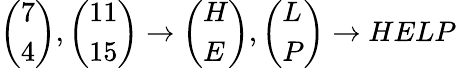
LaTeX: {\left(\begin{array}{l}{7}\\ {4}\end{array}\right)},{\left(\begin{array}{l}{11}\\ {15}\end{array}\right)}\to{\left(\begin{array}{l}{H}\\ {E}\end{array}\right)},{\left(\begin{array}{l}{L}\\ {P}\end{array}\right)}\to HELP